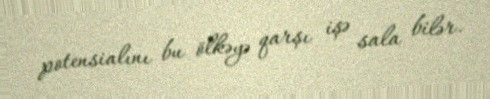
potensialını bu ölkəyə qarşı işə sala bilər.